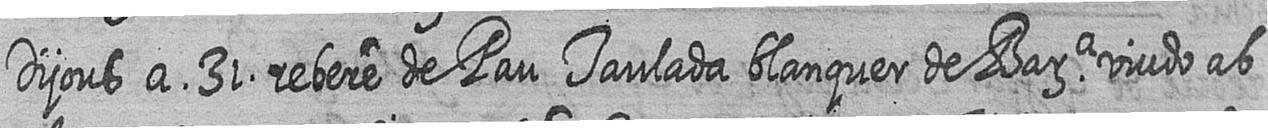
Dijous a 31 rebere de Pau Taulada blanquer de Bara viudo ab